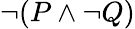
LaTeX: \neg(P\land\neg Q)